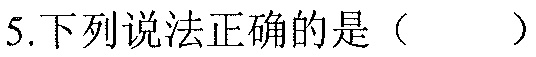
5.下列说法正确的是（  ）